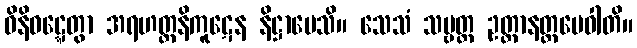
ဝိနိဝဋ္ဋေတွာ အရဟတ္တနိကူဋေန နိဋ္ဌာပေသိ။ သေသံ သဗ္ဗတ္ထ ဥတ္တာနတ္ထမေဝါတိ။